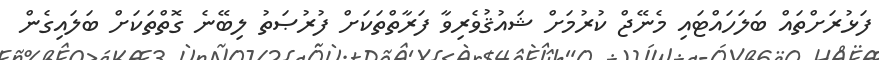
ފަޅުރަށްތައް ބަލަހައްޓައި މެނޭޖް ކުރުމަށް ޝައުޤުވެރިވާ ފަރާތްތަކަށް ފުރުޞަތު ލިބޭނެ ގޮތްތަކަށް ބަލައިގެން